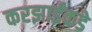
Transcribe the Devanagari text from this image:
करझाईंकडे